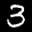
Label: 3